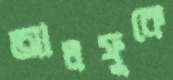
আলফুকে